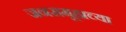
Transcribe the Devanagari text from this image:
जनसमूहाच्या